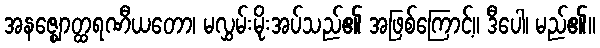
အနဇ္ဈောတ္ထရဏီယတော၊ မလွှမ်းမိုးအပ်သည်၏ အဖြစ်ကြောင့်။ ဒီပေါ၊ မည်၏။